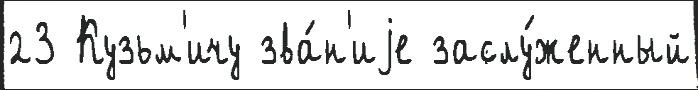
23 Кузьм'ичу зва́н'иjе заслу́женный